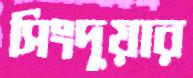
সিংদুয়ার